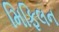
મિફિલન